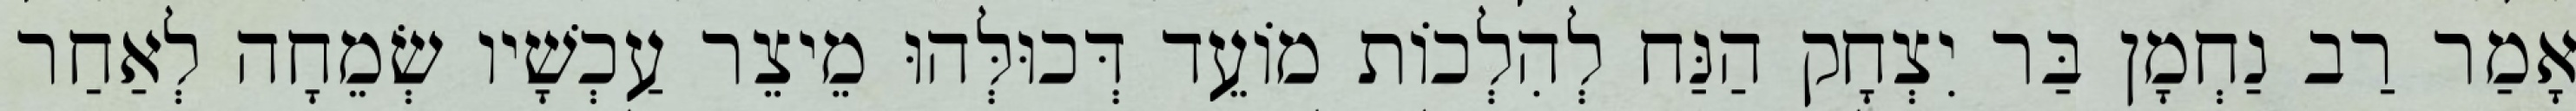
אָמַר רַב נַחְמָן בַּר יִצְחָק הַנַּח לְהִלְכוֹת מוֹעֵד דְּכוּלְּהוּ מֵיצֵר עַכְשָׁיו שְׂמֵחָה לְאַחַר